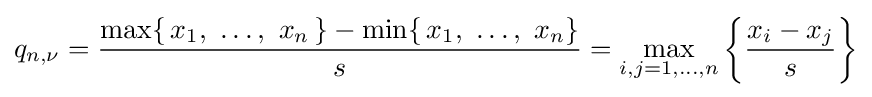
q_{n,\nu }={\frac {\max\{\,x_{1},\ \dots ,\ x_{n}\,\}-\min\{\,x_{1},\ \dots ,\ x_{n}\}}{s}}=\max _{i,j=1,\dots ,n}\left\{{\frac {x_{i}-x_{j}}{s}}\right\}